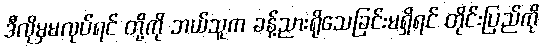
ဒီလိုမှမလုပ်ရင် တို့ကို ဘယ်သူက ခန့်ညားရိုသေခြင်းမရှိရင် တိုင်းပြည်ကို